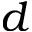
d